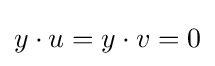
y\cdot u=y\cdot v=0